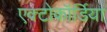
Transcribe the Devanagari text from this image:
एक्टोकॉर्डिया